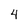
Character: 4